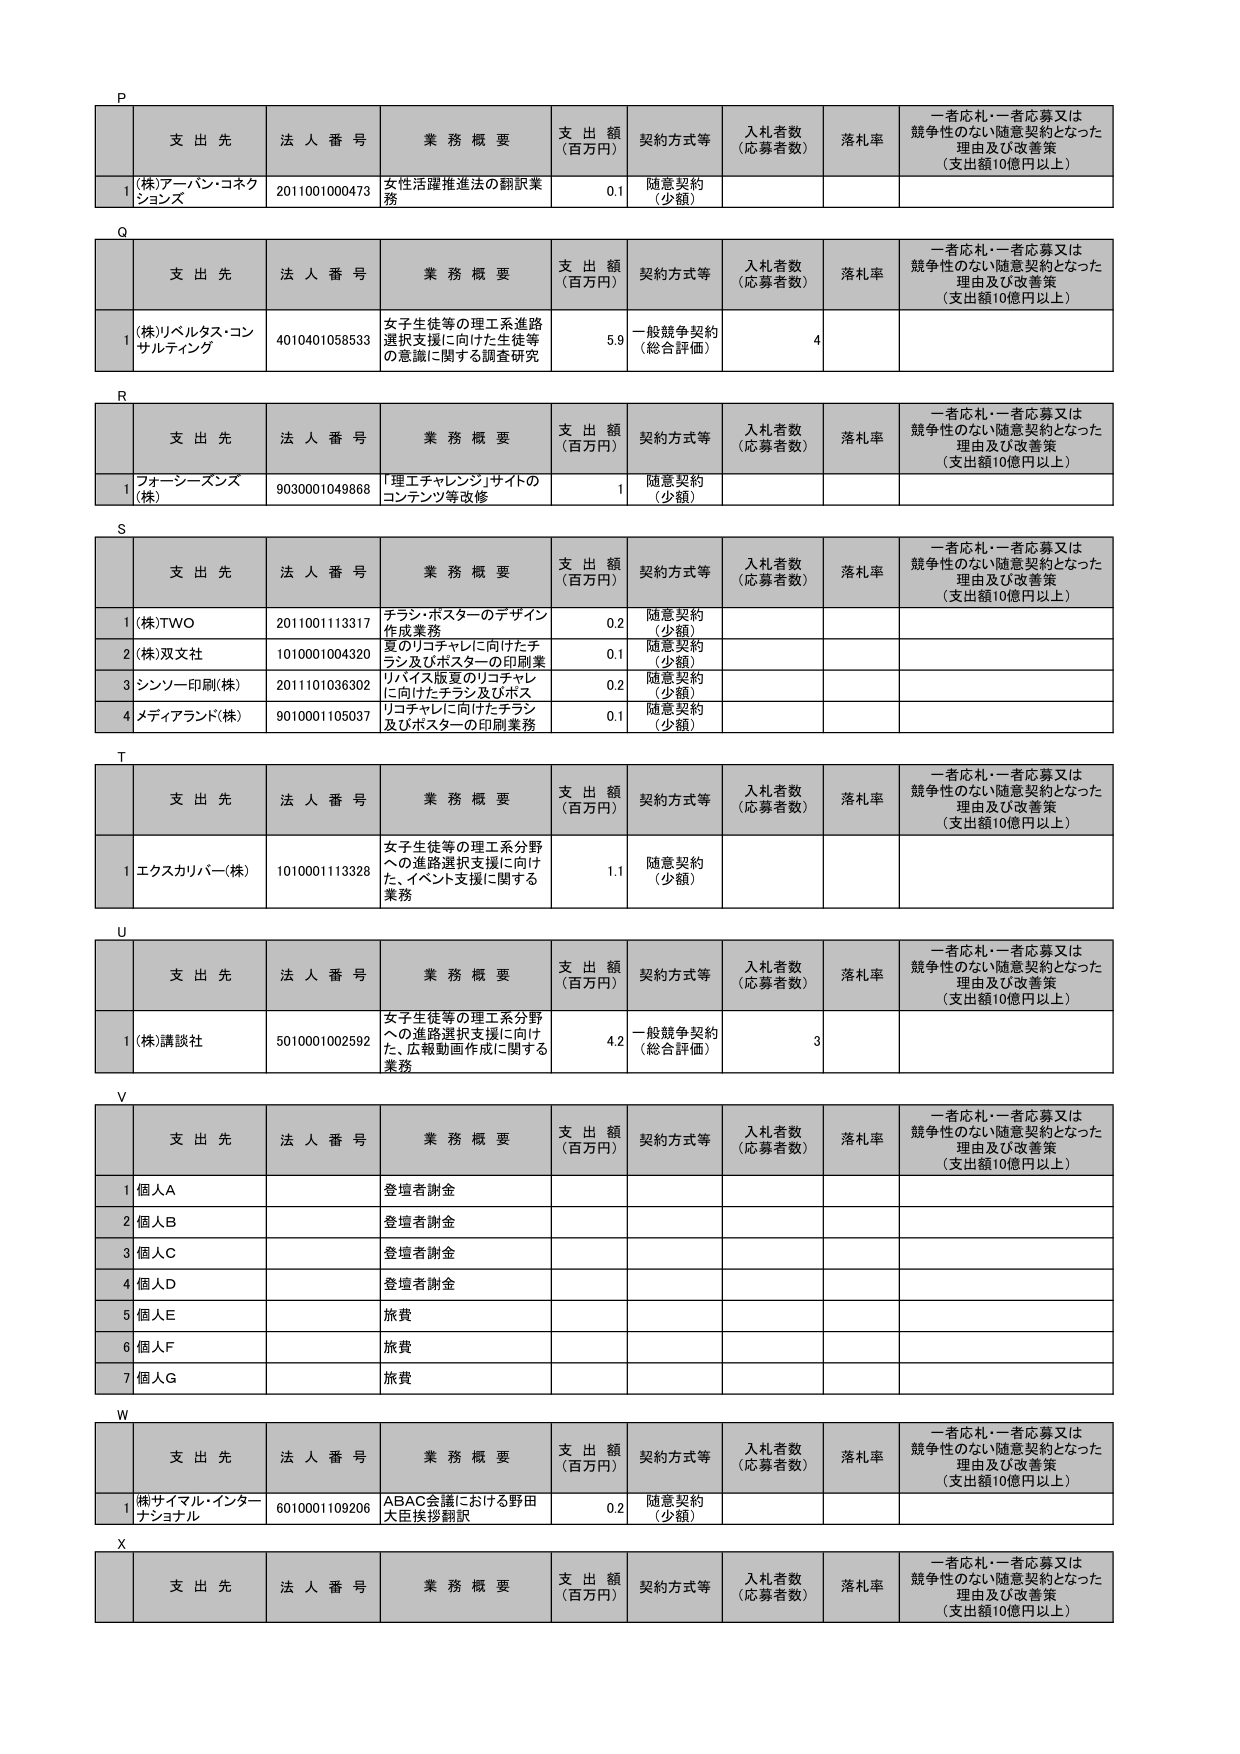
P
支出先 法人番号 業務概要 支出額（百万円） 契約方式等 入札者数（応募者数） 落札率 一者応札・一者応募又は競争性のない随意契約となった理由及び改善策（支出額10億円以上）
1 (株)アーバン・コネクションズ 2011001000473 女性活躍推進法の翻訳業務 0.1 随意契約（少額）
Q
支出先 法人番号 業務概要 支出額（百万円） 契約方式等 入札者数（応募者数） 落札率 一者応札・一者応募又は競争性のない随意契約となった理由及び改善策（支出額10億円以上）
1 (株)リベルタス・コンサルティング 4010401058533 女子生徒等の理工系進路選択支援に向けた生徒等の意識に関する調査研究 5.9 一般競争契約（総合評価） 4
R
支出先 法人番号 業務概要 支出額（百万円） 契約方式等 入札者数（応募者数） 落札率 一者応札・一者応募又は競争性のない随意契約となった理由及び改善策（支出額10億円以上）
1 フォーシーズンズ(株) 9030001049868 「理工チャレンジ」サイトのコンテンツ等改修 1 随意契約（少額）
S
支出先 法人番号 業務概要 支出額（百万円） 契約方式等 入札者数（応募者数） 落札率 一者応札・一者応募又は競争性のない随意契約となった理由及び改善策（支出額10億円以上）
1 (株)TWO 2011001113317 チラシ・ポスターのデザイン作成業務 0.2 随意契約（少額）
2 (株)双文社 1010001004320 夏のリコチャレに向けたチラシ及びポスターの印刷業務 0.1 随意契約（少額）
3 シンソー印刷(株) 2011101036302 リバイス版夏のリコチャレに向けたチラシ及びポスター 0.2 随意契約（少額）
4 メディアランド(株) 9010001105037 リコチャレに向けたチラシ及びポスターの印刷業務 0.1 随意契約（少額）
T
支出先 法人番号 業務概要 支出額（百万円） 契約方式等 入札者数（応募者数） 落札率 一者応札・一者応募又は競争性のない随意契約となった理由及び改善策（支出額10億円以上）
1 エクスカリバー(株) 1010001113328 女子生徒等の理工系分野への進路選択支援に向けた、イベント支援に関する業務 1.1 随意契約（少額）
U
支出先 法人番号 業務概要 支出額（百万円） 契約方式等 入札者数（応募者数） 落札率 一者応札・一者応募又は競争性のない随意契約となった理由及び改善策（支出額10億円以上）
1 (株)講談社 5010001002592 女子生徒等の理工系分野への進路選択支援に向けた、広報動画作成に関する業務 4.2 一般競争契約（総合評価） 3
V
支出先 法人番号 業務概要 支出額（百万円） 契約方式等 入札者数（応募者数） 落札率 一者応札・一者応募又は競争性のない随意契約となった理由及び改善策（支出額10億円以上）
1 個人A 登壇者謝金
2 個人B 登壇者謝金
3 個人C 登壇者謝金
4 個人D 登壇者謝金
5 個人E 旅費
6 個人F 旅費
7 個人G 旅費
W
支出先 法人番号 業務概要 支出額（百万円） 契約方式等 入札者数（応募者数） 落札率 一者応札・一者応募又は競争性のない随意契約となった理由及び改善策（支出額10億円以上）
1 (株)サイマル・インターナショナル 6010001109206 ABAC会議における野田大臣挨拶翻訳 0.2 随意契約（少額）
X
支出先 法人番号 業務概要 支出額（百万円） 契約方式等 入札者数（応募者数） 落札率 一者応札・一者応募又は競争性のない随意契約となった理由及び改善策（支出額10億円以上）